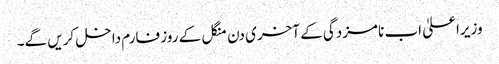
وزیراعلیٰ اب نامزدگی کے آخری دن منگل کے روز فارم داخل کریں گے۔